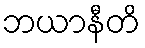
ဘယာနီတိ